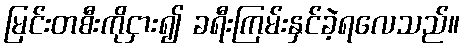
မြင်းတစီးကိုငှား၍ ခရီးကြမ်းနှင်ခဲ့ရလေသည်။